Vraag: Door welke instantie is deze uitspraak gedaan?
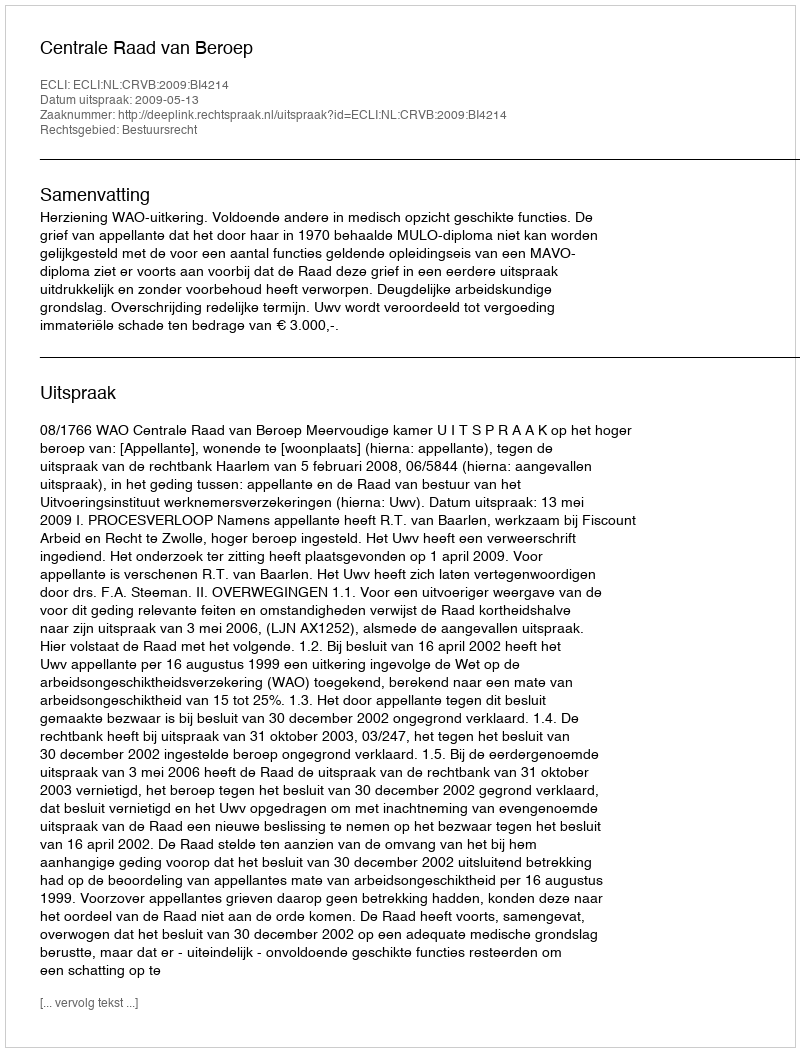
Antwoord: Centrale Raad van Beroep